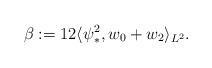
LaTeX: \begin{align*}\beta := 12 \langle \psi_*^2, w_0 + w_2 \rangle_{L^2}.\end{align*}